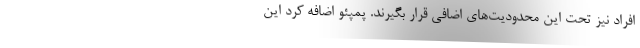
افراد نیز تحت این محدودیت‌های اضافی قرار بگیرند. پمپئو اضافه کرد این